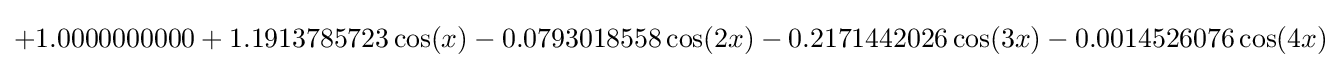
+1.0000000000+1.1913785723\cos(x)-0.0793018558\cos(2x)-0.2171442026\cos(3x)-0.0014526076\cos(4x)